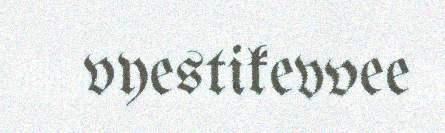
vyestikevvee